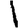
Digit: 1